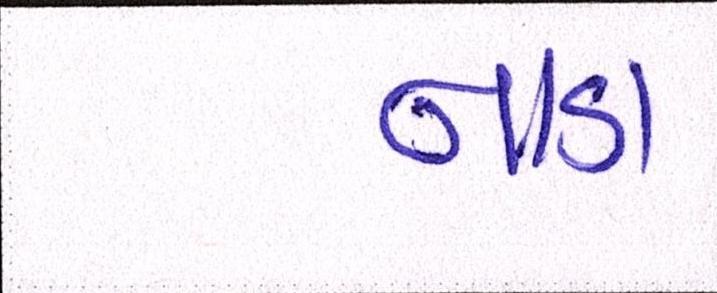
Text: નાડા